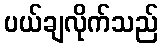
ပယ်ချလိုက်သည်